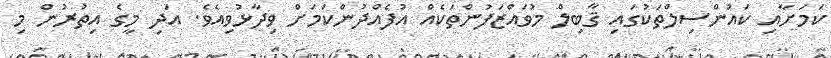
ކަމަށާއި ކައުންސިލްތަކުގައި ޤާބިލް މުވައްޒަފުންތަކެއް އުފެއްދުންކަމަށް ވިދާޅުވިއެވެ. އަދި މީގެ އިތުރުން މި